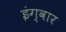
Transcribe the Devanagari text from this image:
इंग्वार